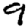
Digit: 9